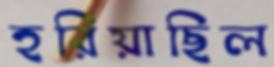
হরিয়াছিল